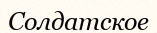
Солдатское